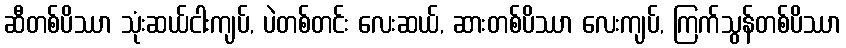
ဆီတစ်ပိဿာ သုံးဆယ်ငါးကျပ်, ပဲတစ်တင်း လေးဆယ်, ဆားတစ်ပိဿာ လေးကျပ်, ကြက်သွန်တစ်ပိဿာ